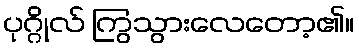
ပုဂ္ဂိုလ် ကြွသွားလေတော့၏။